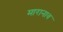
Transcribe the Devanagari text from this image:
मारानाव